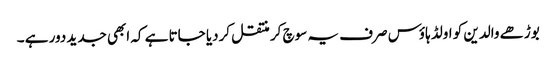
بوڑھے والدین کو اولڈ ہاؤس صرف یہ سوچ کر منتقل کردیا جاتا ہے کہ ابھی جدید دور ہے ۔